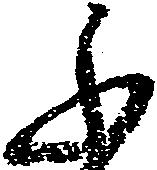
ふ